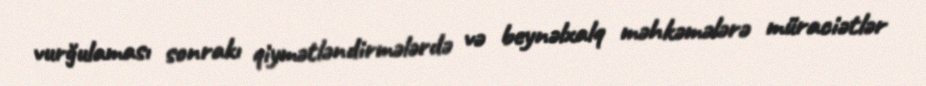
vurğulaması sonrakı qiymətləndirmələrdə və beynəlxalq məhkəmələrə müraciətlər